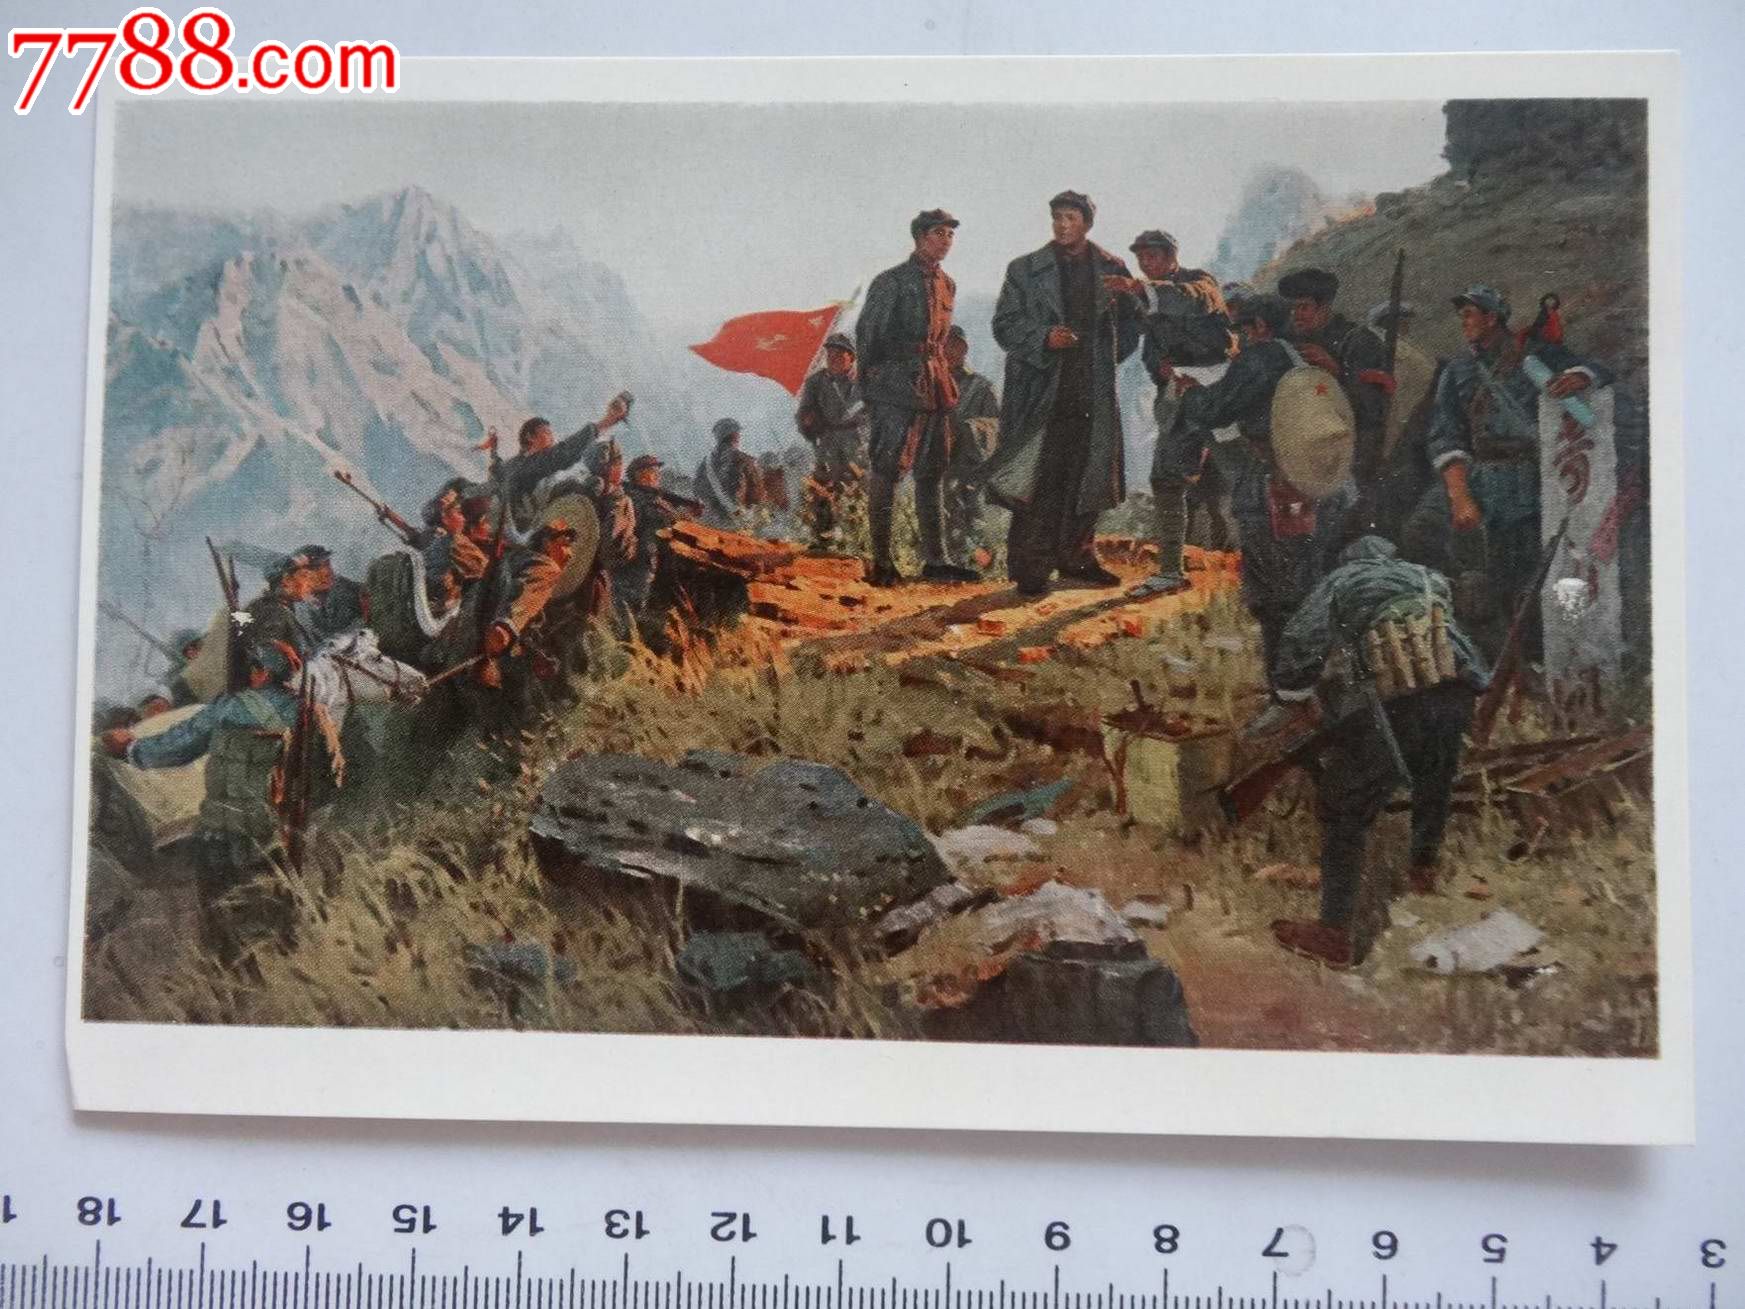
雄关漫道真如铁，而今迈步从头越。